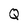
Character: Q